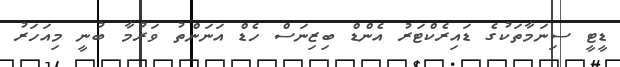
ޑީޓީ ސިނަމާތަކުގެ ޑައިރެކްޓަރު އެންޑް ބިޒިނަސް ހެޑް އަނަންތު ވަރުމާ ބުނީ މިއަހަރު